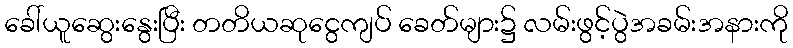
ခေါ်ယူဆွေးနွေးပြီး တတိယဆုငွေကျပ် ခေတ်များ၌ လမ်းဖွင့်ပွဲအခမ်းအနားကို